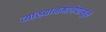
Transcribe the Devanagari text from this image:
व्याख्यानमालेपासून